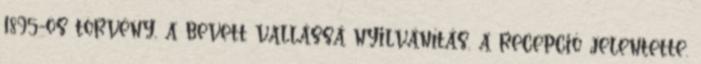
1895-ös törvény, a bevett vallássá nyilvánítás, a recepció jelentette.